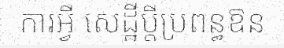
ការអ្វី សេដ្ឋីប្តីប្រពន្ធឱន